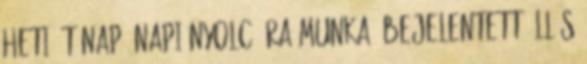
Heti öt nap, napi nyolc óra munka. Bejelentett állás